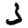
Digit: 3